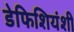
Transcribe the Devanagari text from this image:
डेफिशियंशी